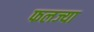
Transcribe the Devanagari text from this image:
फलज्या